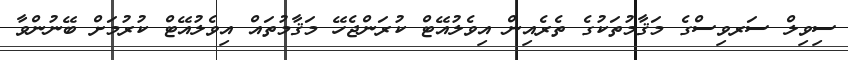
ސިވިލް ސަރވިސްގެ މަޤާމުތަކުގެ ތެރެއިން އިވެލުއޭޓް ކުރަންޖެހޭ މަޤާމުތައް އިވެލުއޭޓް ކުރުމަށް ބޭނުންވާ